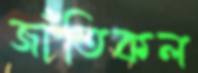
জাঁতিকল